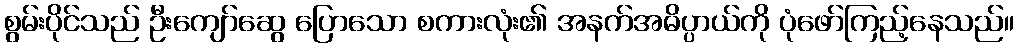
စွမ်းပိုင်သည် ဦးကျော်ဆွေ ပြောသော စကားလုံး၏ အနက်အဓိပ္ပာယ်ကို ပုံဖော်ကြည့်နေသည်။